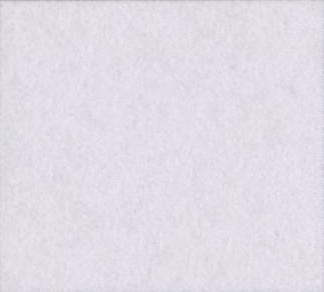
ई